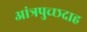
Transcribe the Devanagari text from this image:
आंत्रपुच्छदाह